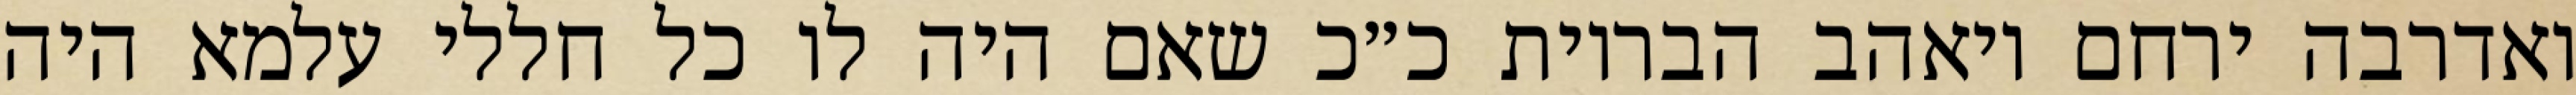
ואדרבה ירחם ויאהב הבריות כ״כ שאם היה לו כל חללי עלמא היה